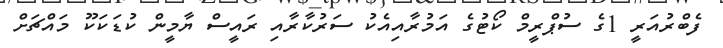
ފެބްރުއަރީ 1ގެ ސުޕްރީމް ކޯޓުގެ އަމުރާއިއެކު ސަރުކާރާއި ރައީސް ޔާމީން ކުޑަކަކޫ މައްޗަށް